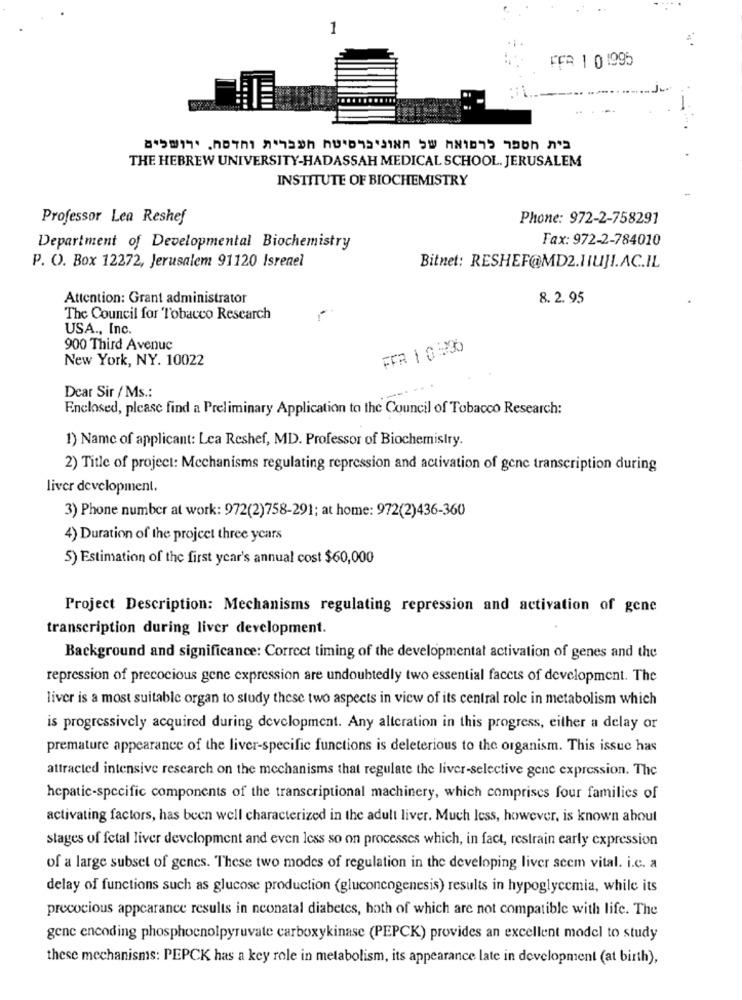
1
FER 1 0 1995
THE HEBREW UNIVERSITY-HADASSAH MEDICAL SCHOOL. JERUSALEM
INSTITUTE OF BIOCHEMISTRY
Professor Lea Reshef
Phone: 972-2-758291
Fax: 972-2-784010
Department of Developmental Biochemistry
P. O. Box 12272, Jerusalem 91120 Isrenel
Bitnet: RESHEF@MD2.HUJI.AC.IL
Attention: Grant administrator
8. 2.95
The Council for Tobacco Research
USA ., Inc.
900 Third Avenue
FER 1 0:30
New York, NY. 10022
Dear Sir / Ms .:
Enclosed, please find a Preliminary Application to the Council of Tobacco Research:
1) Name of applicant: Lea Reshef, MD. Professor of Biochemistry.
2) Title of project: Mechanisms regulating repression and activation of gene transcription during
liver development.
3) Phone number at work: 972(2)758-291; at home: 972(2)436-360
4) Duration of the project three years
5) Estimation of the first year's annual cost $60,000
Project Description: Mechanisms regulating repression and activation of gene
transcription during liver development.
Background and significance: Correct timing of the developmentat activation of genes and the
repression of precocious gene expression are undoubtedly two essential faccts of development. The
liver is a most suitable organ to study these two aspects in view of its central role in metabolism which
is progressively acquired during development. Any alteration in this progress, either a delay or
premature appearance of the liver-specific functions is deleterious to the organism. This issue has
attracted intensive research on the mechanisms that regulate the liver-selective gene expression. The
hepatic-specific components of the transcriptional machinery, which comprises four families of
activating factors, has been well characterized in the adult liver. Much less, however, is known about
stages of fetal liver development and even less so on processes which, in fact, restrain early expression
of a large subset of genes. These two modes of regulation in the developing liver seem vital. i.c. a
delay of functions such as glucose production (gluconcogenesis) results in hypoglycemia, while its
precocious appearance results in neonatal diabetes, hoth of which are not compatible with life. The
gene encoding phosphoenolpyruvate carboxykinase (PEPCK) provides an excellent model to study
these mechanisms: PEPCK has a key role in metabolism, its appearance late in development (at birth),